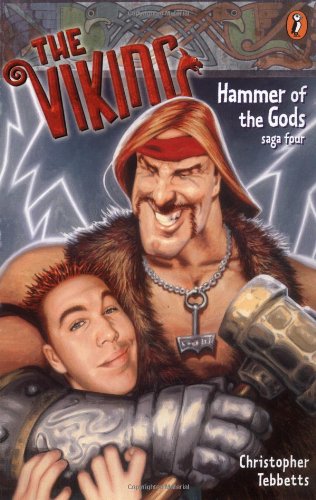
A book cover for Hammer of the Gods (The Viking Saga, Book 4); Christopher Tebbetts; Children's Books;